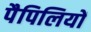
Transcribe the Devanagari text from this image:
पैपिलियों